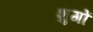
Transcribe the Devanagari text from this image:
शुगों